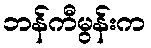
ဘန်ကီမွန်းက